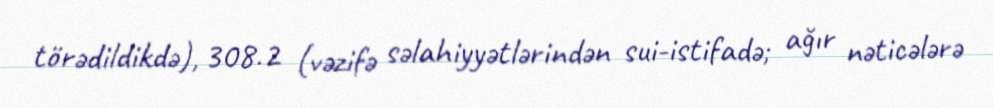
törədildikdə), 308.2 (vəzifə səlahiyyətlərindən sui-istifadə; ağır nəticələrə